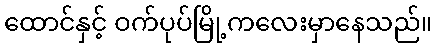
ထောင်နှင့် ဝက်ပုပ်မြို့ကလေးမှာနေသည်။